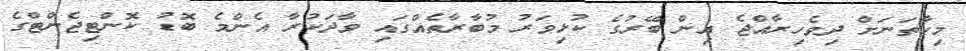
މިހާތަނަށް ދިވެހިރާއްޖެ އިން ބޭރުގެ ކުޅިވަރު މުބާރާތެއްގައި ވާދަކުރާ އެންމެ ބޮޑު ކޮންޓިޖެންޓްގެ